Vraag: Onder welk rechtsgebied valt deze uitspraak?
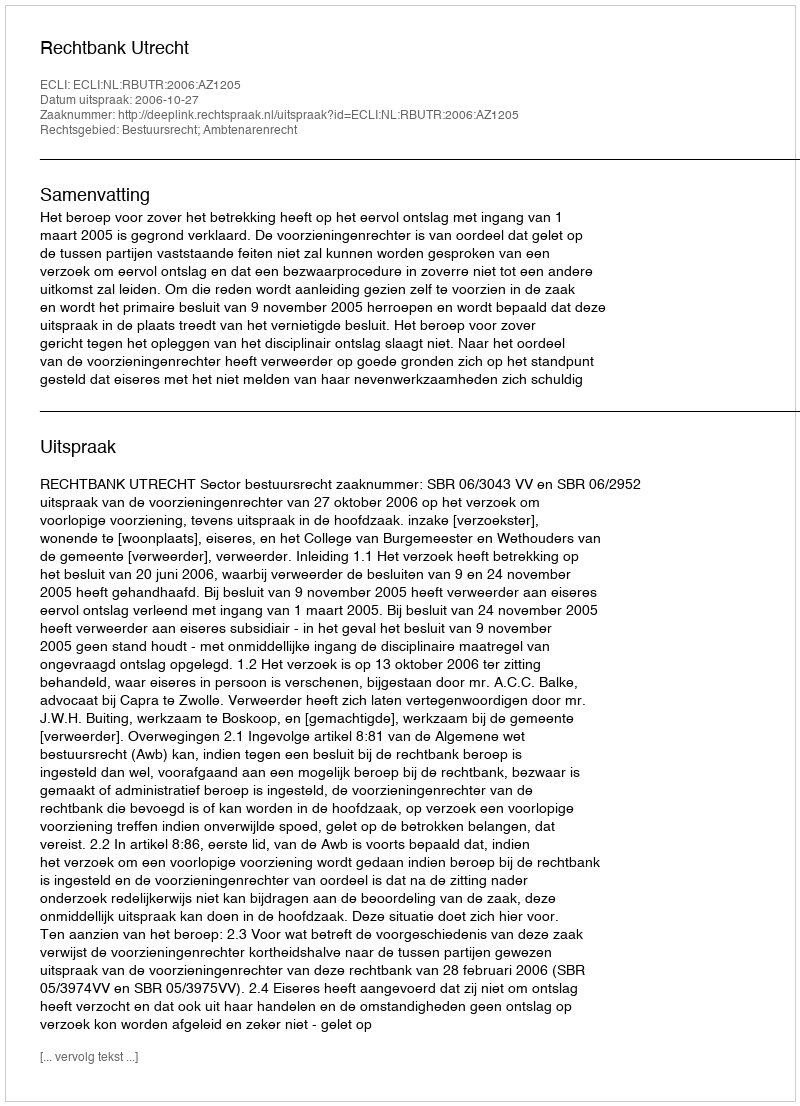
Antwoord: Bestuursrecht; Ambtenarenrecht